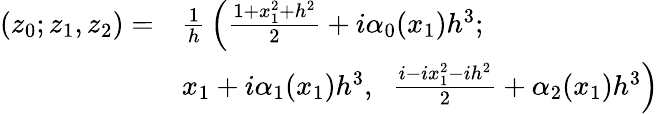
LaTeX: \begin{array}{rl}{{(z_{0};z_{1},z_{2})=}}&{{{\frac{1}{h}}\left({\frac{1+x_{1}^{2}+h^{2}}{2}}+i\alpha_{0}(x_{1})h^{3};\right.}}\\ {{}}&{{\left.x_{1}+i\alpha_{1}(x_{1})h^{3},\; \; {\frac{i-ix_{1}^{2}-ih^{2}}{2}}+\alpha_{2}(x_{1})h^{3}\right)}}\end{array}